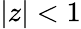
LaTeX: |z|<1